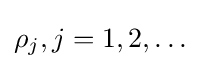
\rho _{j},j=1,2,\ldots